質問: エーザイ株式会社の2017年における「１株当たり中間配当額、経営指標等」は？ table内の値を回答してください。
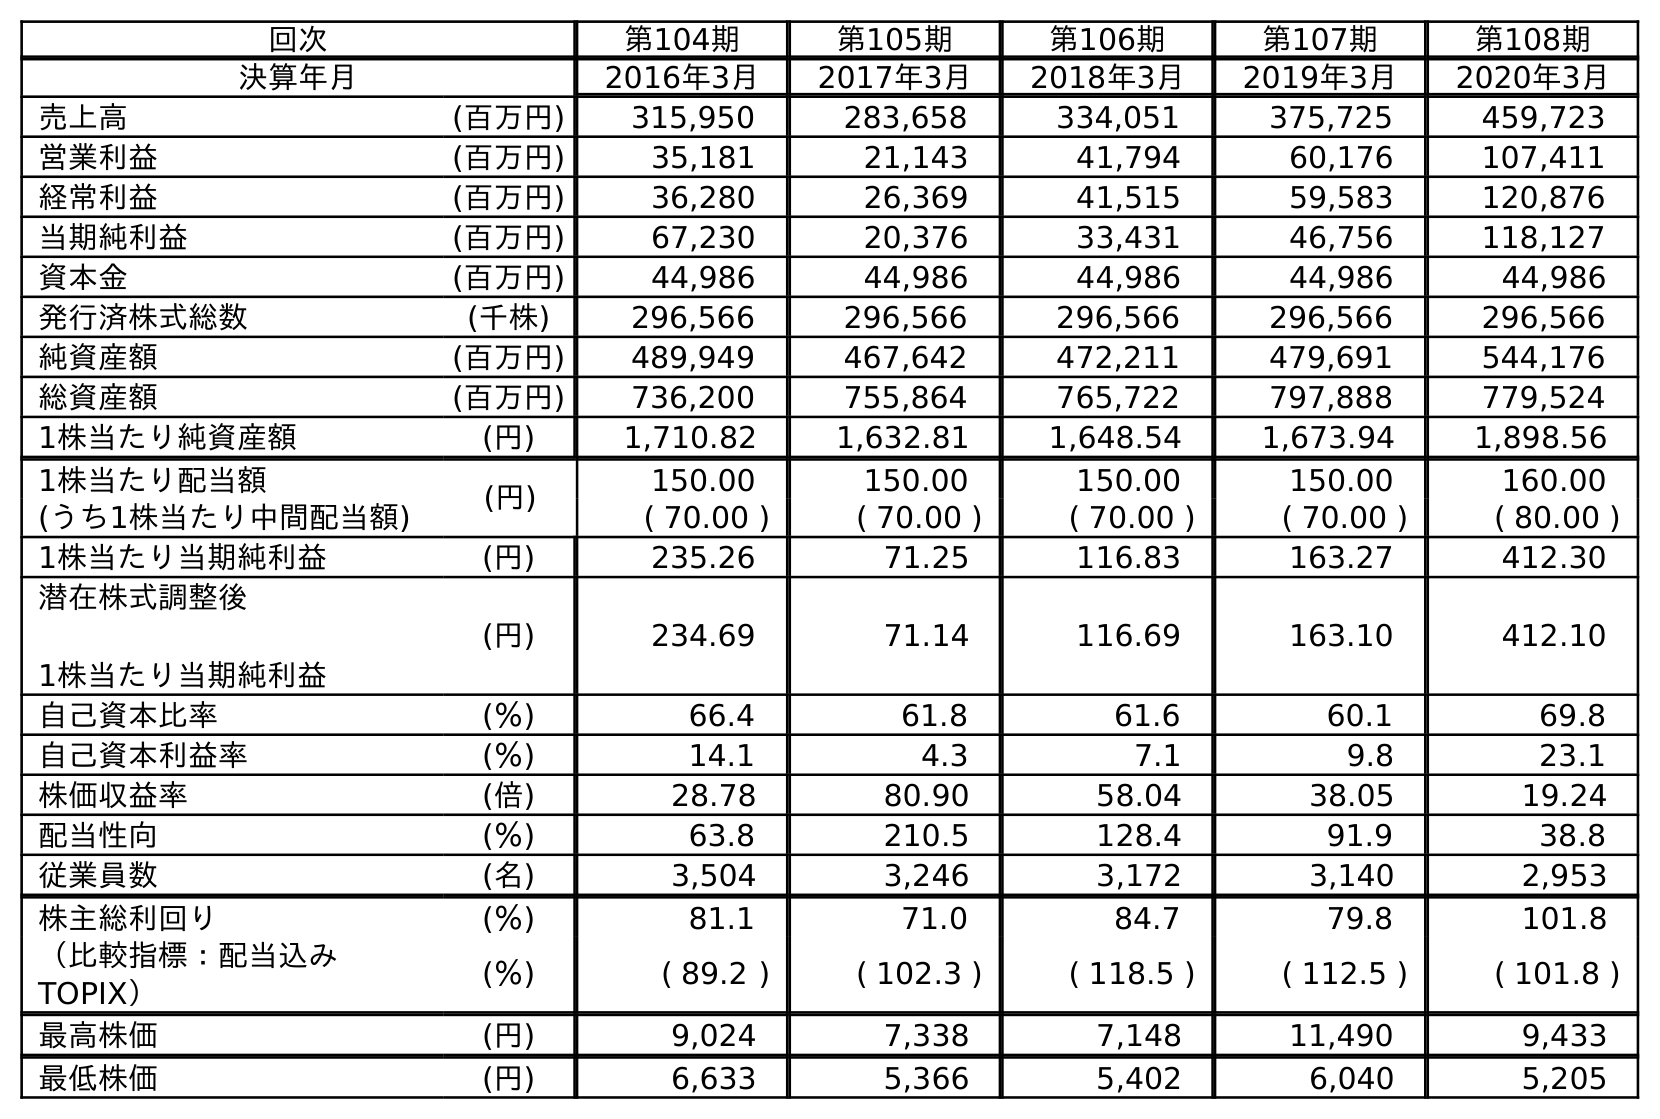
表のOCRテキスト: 回次 第104期 第105期 第106期 第107期 第108期 決算年月 2016年3月 2017年3月 2018年3月 2019年3月 2020年3月 売上高 (百万円) 315,950 283,658 334,051 375,725 459,723 営業利益 (百万円) 35,181 21,143 41,794 60,176 107,411 経常利益 (百万円) 36,280 26,369 41,515 59,583 120,876 当期純利益 (百万円) 67,230 20,376 33,431 46,756 118,127 資本金 (百万円) 44,986 44,986 44,986 44,986 44,986 発行済株式総数 (千株) 296,566 296,566 296,566 296,566 296,566 純資産額 (百万円) 489,949 467,642 472,211 479,691 544,176 総資産額 (百万円) 736,200 755,864 765,722 797,888 779,524 1株当たり純資産額 (円) 1,710.82 1,632.81 1,648.54 1,673.94 1,898.56 1株当たり配当額 (円) 150.00 150.00 150.00 150.00 160.00 (うち1株当たり中間配当額) ( 70.00 ) ( 70.00 ) ( 70.00 ) ( 70.00 ) ( 80.00 ) 1株当たり当期純利益 (円) 235.26 71.25 116.83 163.27 412.30 潜在株式調整後 1株当たり当期純利益 (円) 234.69 71.14 116.69 163.10 412.10 自己資本比率 (％) 66.4 61.8 61.6 60.1 69.8 自己資本利益率 (％) 14.1 4.3 7.1 9.8 23.1 株価収益率 (倍) 28.78 80.90 58.04 38.05 19.24 配当性向 (％) 63.8 210.5 128.4 91.9 38.8 従業員数 (名) 3,504 3,246 3,172 3,140 2,953 株主総利回り (％) 81.1 71.0 84.7 79.8 101.8 （比較指標：配当込み TOPIX） (％) ( 89.2 ) ( 102.3 ) ( 118.5 ) ( 112.5 ) ( 101.8 ) 最高株価 (円) 9,024 7,338 7,148 11,490 9,433 最低株価 (円) 6,633 5,366 5,402 6,040 5,205
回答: (70.00)